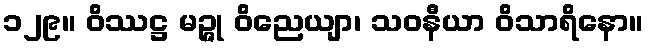
၁၂၉။ ဝိဿဋ္ဌ မဉ္ဇု ဝိညေယျာ၊ သဝနီယာ ဝိသာရိနော။